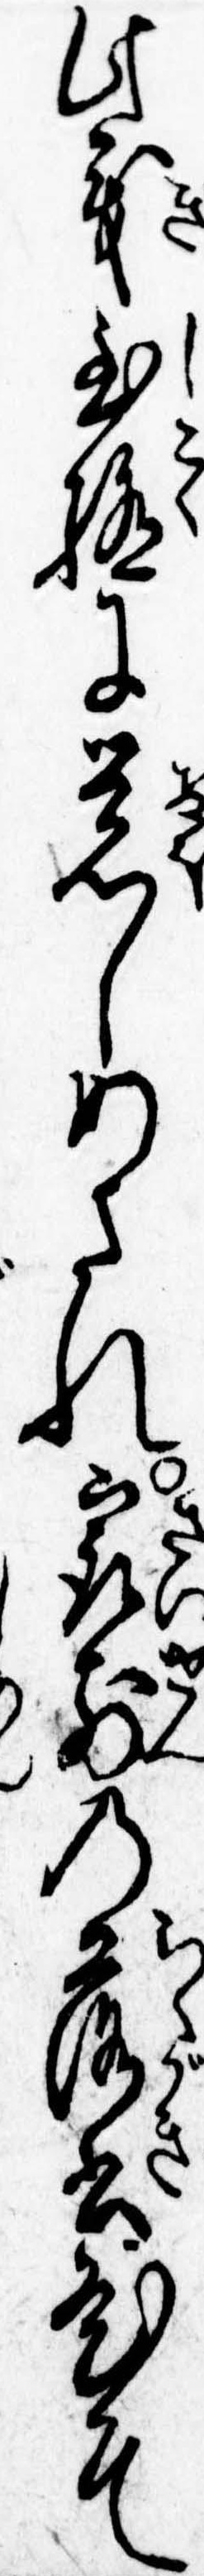
此義至極に覚しめされ最前の落書ひそ